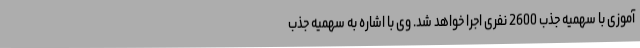
آموزی با سهمیه جذب 2600 نفری اجرا خواهد شد. وی با اشاره به سهمیه جذب